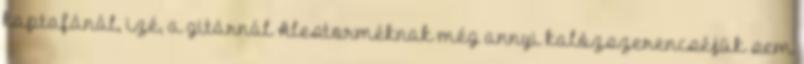
kaptafánál, izé, a gitárnál Alestorméknak még annyi kalózszerencséjük sem